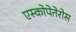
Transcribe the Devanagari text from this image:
एस्कोपेतेरोस